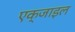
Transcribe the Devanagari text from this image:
एक्जाइल